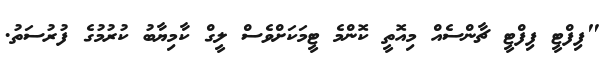
"ފިފްޓީ ފިފްޓީ ޗާންސެއް މިއޮތީ ކޮންމެ ޓީމަކަށްވެސް ލީގް ކާމިޔާބު ކުރުމުގެ ފުރުސަތު.